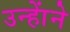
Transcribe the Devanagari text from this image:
उन्हाेंने